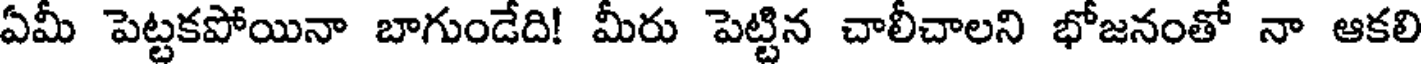
ఏమీ పెట్టకపోయినా బాగుండేది! మీరు పెట్టిన చాలీచాలని భోజనంతో నా ఆకలి